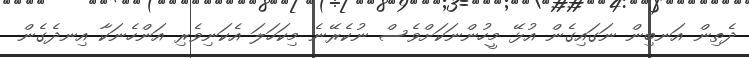
ދެތިން އަނބިން ނަގައިގެން އުޅޭ މީހުންނަކަށްވެސް ނުކެރޭނެ މިކަހަލަ އެކަނިވެރި އަންހެނަކާ އިނދެގެން